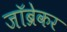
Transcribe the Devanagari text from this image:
जॉब्रेकर